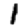
Digit: 1